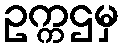
ဥက္ကဌမှ